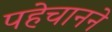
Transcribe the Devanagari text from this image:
पहेचानने